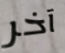
آخر